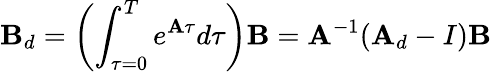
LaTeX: \mathbf{B}_{d}=\left(\int_{\tau=0}^{T}e^{\mathbf{A}\tau}d\tau\right)\mathbf{B}=\mathbf{A}^{-1}(\mathbf{A}_{d}-I)\mathbf{B}